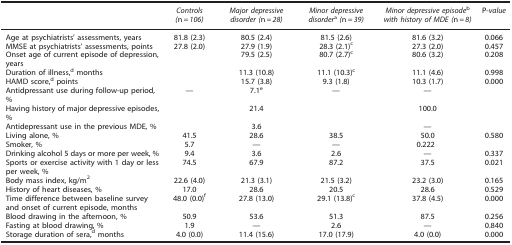
<table><thead><tr><td><b> </b></td><td><b><i>Controls (</i>n=<i>106)</i></b></td><td><b><i>Major depressive disorder (</i>n=<i>28)</i></b></td><td><b><i>Minor depressive disorder</i>a<i>(</i>n=<i>39)</i></b></td><td><b><i>Minor depressive episode</i>b<i>with history of MDE (</i>n=<i>8)</i></b></td><td><b>P-<i>value</i></b></td></tr></thead><tbody><tr><td>Age at psychiatrists&#x27; assessments, years</td><td>81.8 (2.3)</td><td>80.5 (2.4)</td><td>81.5 (2.6)</td><td>81.6 (3.2)</td><td>0.066</td></tr><tr><td>MMSE at psychiatrists&#x27; assessments, points</td><td>27.8 (2.0)</td><td>27.9 (1.9)</td><td>28.3 (2.1)c</td><td>27.3 (2.0)</td><td>0.457</td></tr><tr><td>Onset age of current episode of depression, years</td><td> </td><td>79.5 (2.5)</td><td>80.7 (2.7)c</td><td>80.6 (3.2)</td><td>0.208</td></tr><tr><td>Duration of illness,d months</td><td> </td><td>11.3 (10.8)</td><td>11.1 (10.3)c</td><td>11.1 (4.6)</td><td>0.998</td></tr><tr><td>HAMD score,d points</td><td> </td><td>15.7 (3.8)</td><td>9.3 (1.8)</td><td>10.3 (1.7)</td><td>0.000</td></tr><tr><td>Antidpressant use during follow-up period, %</td><td>—</td><td>7.1e</td><td>—</td><td>—</td><td> </td></tr><tr><td>Having history of major depressive episodes, %</td><td> </td><td>21.4</td><td> </td><td>100.0</td><td> </td></tr><tr><td>Antidepressant use in the previous MDE, %</td><td> </td><td>3.6</td><td> </td><td>—</td><td> </td></tr><tr><td>Living alone, %</td><td>41.5</td><td>28.6</td><td>38.5</td><td>50.0</td><td>0.580</td></tr><tr><td>Smoker, %</td><td>5.7</td><td>—</td><td>—</td><td>0.222</td><td> </td></tr><tr><td>Drinking alcohol 5 days or more per week, %</td><td>9.4</td><td>3.6</td><td>2.6</td><td>—</td><td>0.337</td></tr><tr><td>Sports or exercise activity with 1 day or less per week, %</td><td>74.5</td><td>67.9</td><td>87.2</td><td>37.5</td><td>0.021</td></tr><tr><td>Body mass index, kg/m<sup>2</sup></td><td>22.6 (4.0)</td><td>21.3 (3.1)</td><td>21.5 (3.2)</td><td>23.2 (3.0)</td><td>0.165</td></tr><tr><td>History of heart diseases, %</td><td>17.0</td><td>28.6</td><td>20.5</td><td>28.6</td><td>0.529</td></tr><tr><td>Time difference between baseline survey and onset of current episode, months</td><td>48.0 (0.0)f</td><td>27.8 (13.0)</td><td>29.1 (13.8)c</td><td>37.8 (4.5)</td><td>0.000</td></tr><tr><td>Blood drawing in the afternoon, %</td><td>50.9</td><td>53.6</td><td>51.3</td><td>87.5</td><td>0.256</td></tr><tr><td>Fasting at blood drawing, %</td><td>1.9</td><td>—</td><td>2.6</td><td>—</td><td>0.840</td></tr><tr><td>Storage duration of sera,d months</td><td>4.0 (0.0)</td><td>11.4 (15.6)</td><td>17.0 (17.9)</td><td>4.0 (0.0)</td><td>0.000</td></tr></tbody></table>